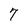
Character: 7